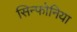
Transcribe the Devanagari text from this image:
सिन्फोनिया